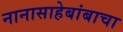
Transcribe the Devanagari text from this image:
नानासाहेबांबाचा